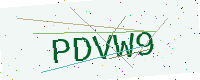
Text: PDVW9